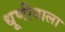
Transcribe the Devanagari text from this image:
धूणीवाला